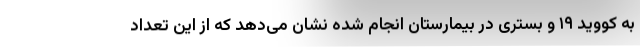
به کووید ۱۹ و بستری در بیمارستان انجام شده نشان می‌دهد که از این تعداد